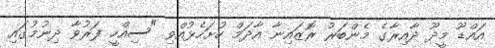
އައްޑޫ މީދޫ ދާއިރާގެ މެންބަރު ރޮޒައިނާ އާދަމް ހުށަހެޅުއްވި "ސިއްހީ ފަރުވާ ދިނުމުގައި